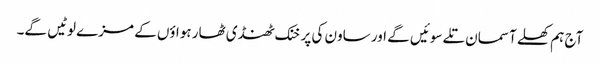
آج ہم کھلے آسمان تلے سوئیں گے اور ساون کی پرخنک ٹھنڈی ٹھار ہواؤں کے مزے لوٹیں گے۔